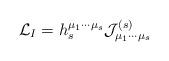
LaTeX: \begin{align*}{\cal L}_{I}=h_{s}^{\mu _{1}\cdots \mu _{s}}{\cal J}_{\mu _{1}\cdots \mu_{s}}^{(s)}\end{align*}